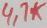
Text: 4.7K